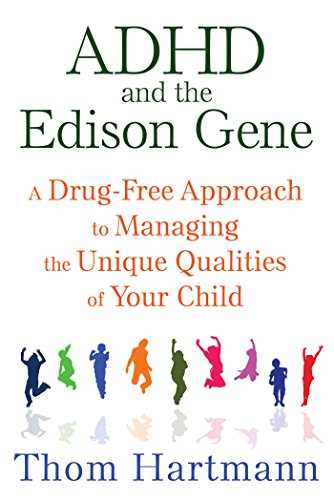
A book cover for ADHD and the Edison Gene: A Drug-Free Approach to Managing the Unique Qualities of Your Child; Thom Hartmann; Parenting & Relationships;